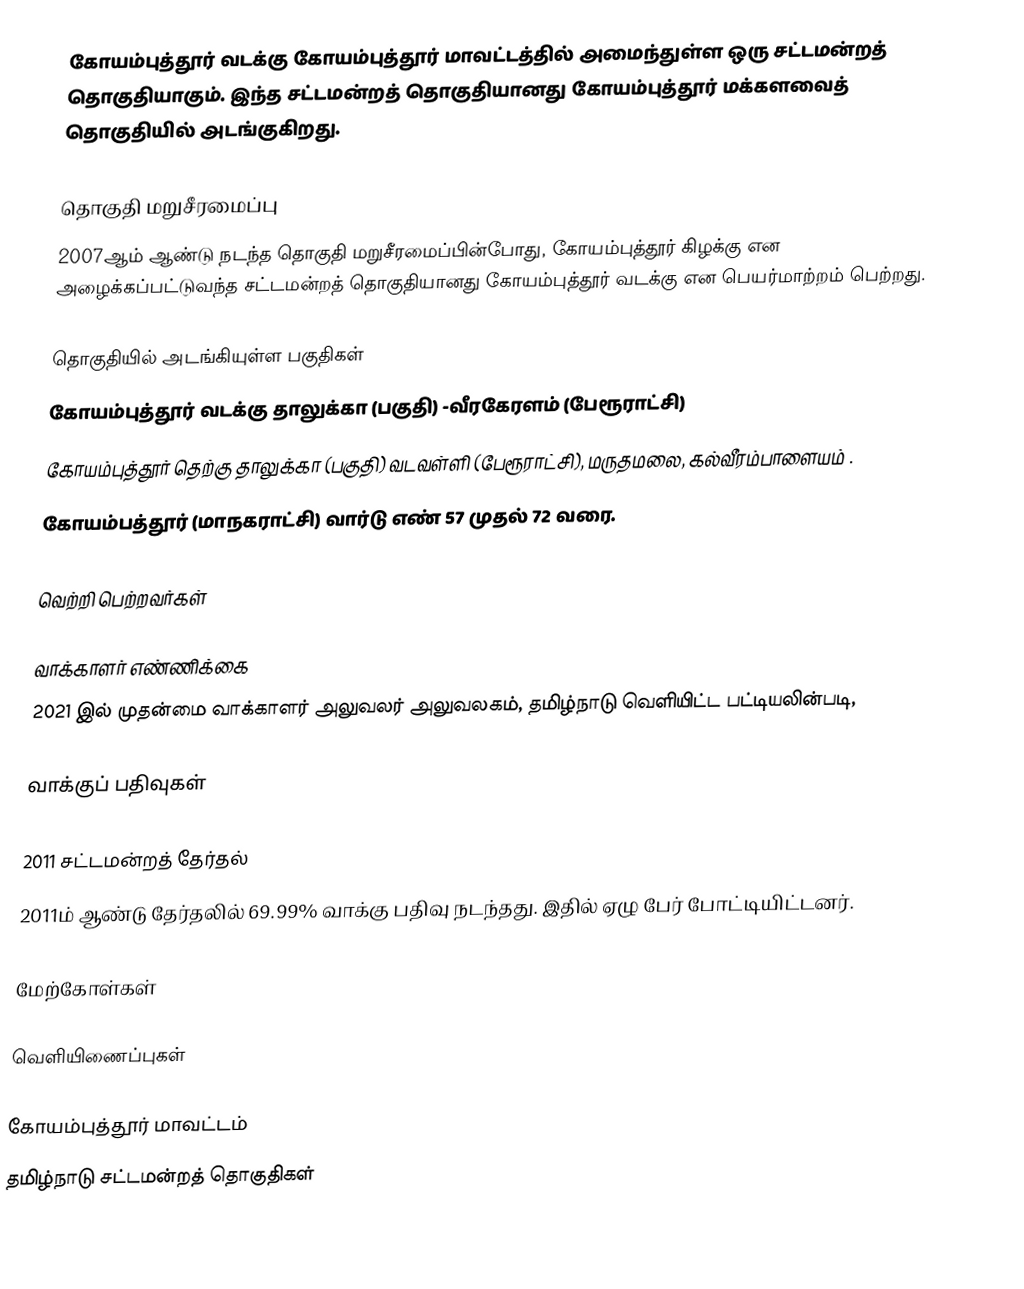
கோயம்புத்தூர் வடக்கு கோயம்புத்தூர் மாவட்டத்தில் அமைந்துள்ள ஒரு சட்டமன்றத் தொகுதியாகும். இந்த சட்டமன்றத் தொகுதியானது கோயம்புத்தூர் மக்களவைத் தொகுதியில் அடங்குகிறது.

தொகுதி மறுசீரமைப்பு
2007ஆம் ஆண்டு நடந்த தொகுதி மறுசீரமைப்பின்போது,  கோயம்புத்தூர் கிழக்கு என அழைக்கப்பட்டுவந்த சட்டமன்றத் தொகுதியானது கோயம்புத்தூர் வடக்கு என பெயர்மாற்றம் பெற்றது.

தொகுதியில் அடங்கியுள்ள பகுதிகள்
கோயம்புத்தூர் வடக்கு தாலுக்கா (பகுதி) -வீரகேரளம் (பேரூராட்சி)
கோயம்புத்தூர் தெற்கு தாலுக்கா (பகுதி) வடவள்ளி (பேரூராட்சி), மருதமலை, கல்வீரம்பாளையம் .
கோயம்பத்தூர் (மாநகராட்சி) வார்டு எண் 57 முதல் 72 வரை.

வெற்றி பெற்றவர்கள்

வாக்காளர் எண்ணிக்கை
2021 இல் முதன்மை வாக்காளர் அலுவலர் அலுவலகம், தமிழ்நாடு வெளியிட்ட பட்டியலின்படி,

வாக்குப் பதிவுகள்

2011 சட்டமன்றத் தேர்தல்
2011ம் ஆண்டு தேர்தலில் 69.99% வாக்கு பதிவு நடந்தது. இதில் ஏழு பேர் போட்டியிட்டனர்.

மேற்கோள்கள்

வெளியிணைப்புகள்

கோயம்புத்தூர் மாவட்டம்
தமிழ்நாடு சட்டமன்றத் தொகுதிகள்